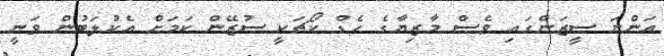
އަންނަ ސީޒަންގައި ވެސް މާޒިޔާގެ ހެޑް ކޯޗަކީ ސުޒޭން ކަމަށް އެކުލަބުން ވަނީ